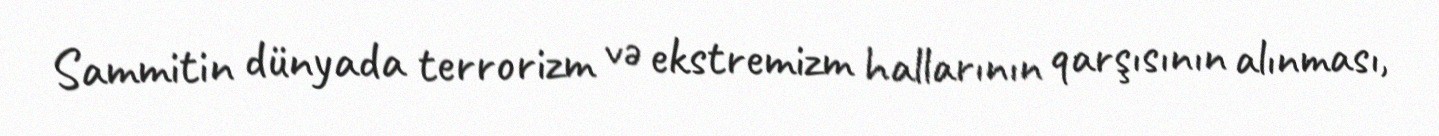
Sammitin dünyada terrorizm və ekstremizm hallarının qarşısının alınması,